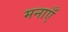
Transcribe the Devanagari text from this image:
मनाएँ